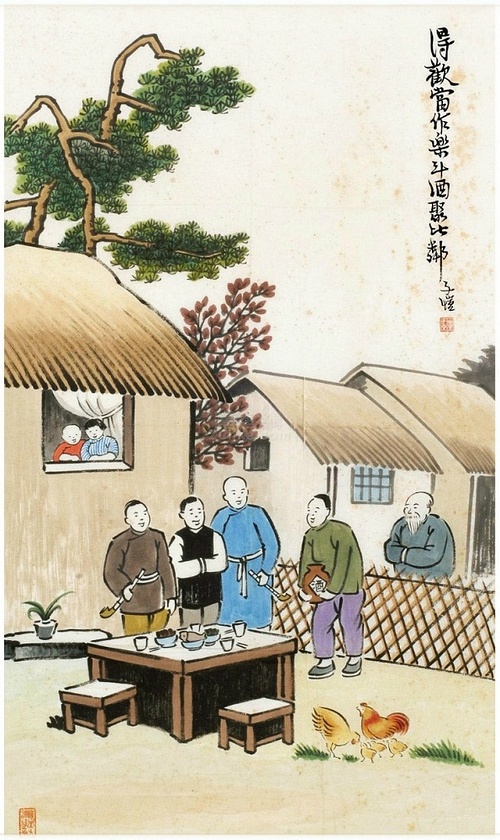
得欢当作乐，斗酒聚比邻。